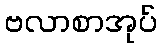
ဗလာစာအုပ်